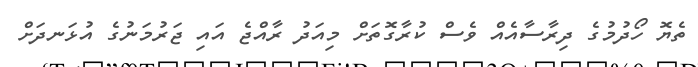
ތެޔޮ ހޯދުމުގެ ދިރާސާއެއް ވެސް ކުރާގޮތަށް މިއަދު ރާއްޖެ އައި ޖަރުމަނުގެ އުޅަނދަށް